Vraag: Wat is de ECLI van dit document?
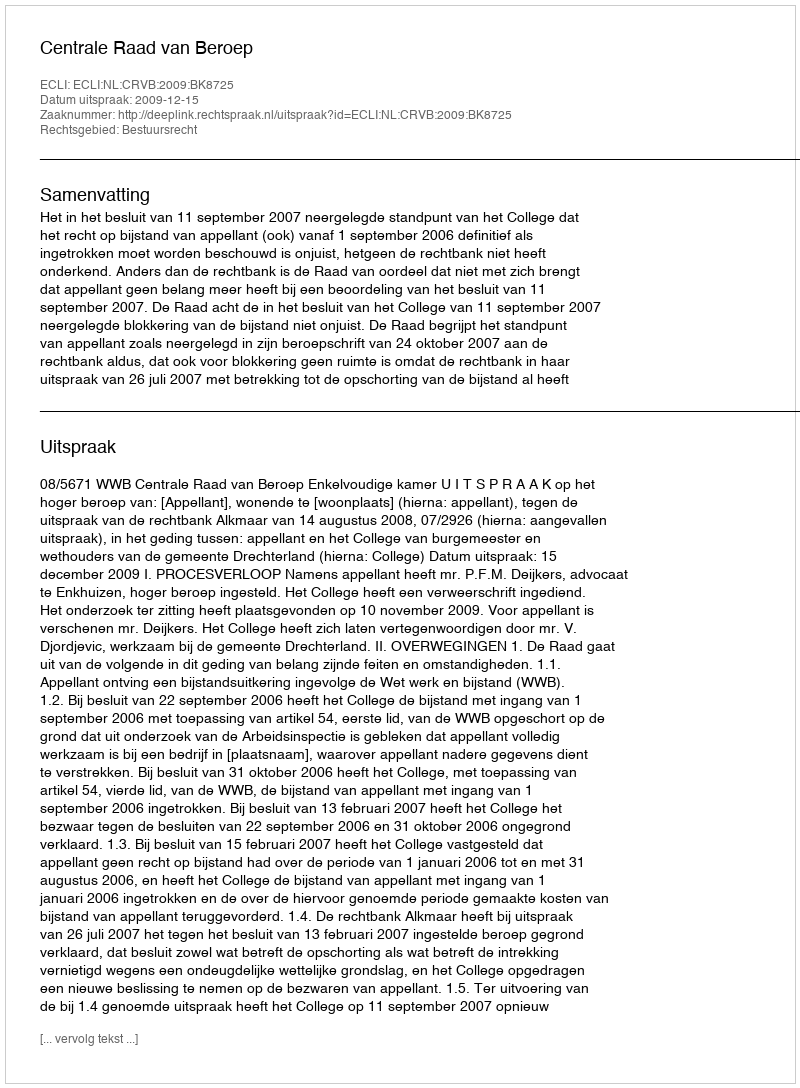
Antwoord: ECLI:NL:CRVB:2009:BK8725